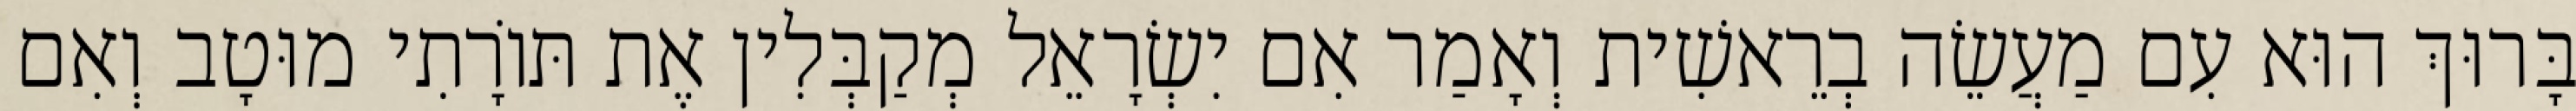
בָּרוּךְ הוּא עִם מַעֲשֵׂה בְרֵאשִׁית וְאָמַר אִם יִשְׂרָאֵל מְקַבְּלִין אֶת תּוֹרָתִי מוּטָב וְאִם